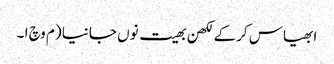
ابھیاس کرکے لکھن بھیت نوں جانیا (م وچ ا ۔